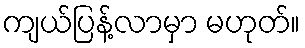
ကျယ်ပြန့်လာမှာ မဟုတ်။